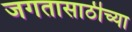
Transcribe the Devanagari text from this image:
जगतासाठीच्या